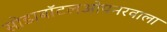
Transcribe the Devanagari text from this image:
सोडाबॉटलओपनरवाला